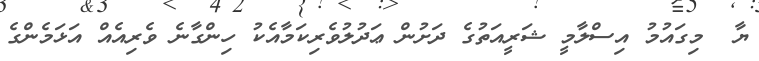
ޔާ  މިގައުމު އިސްލާމީ ޝަރީއަތުގެ ދަށުން ޢަދުލުވެރިކަމާއެކު ހިންގާނެ ވެރިއެއް އަޅަމެންގެ